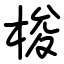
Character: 梭